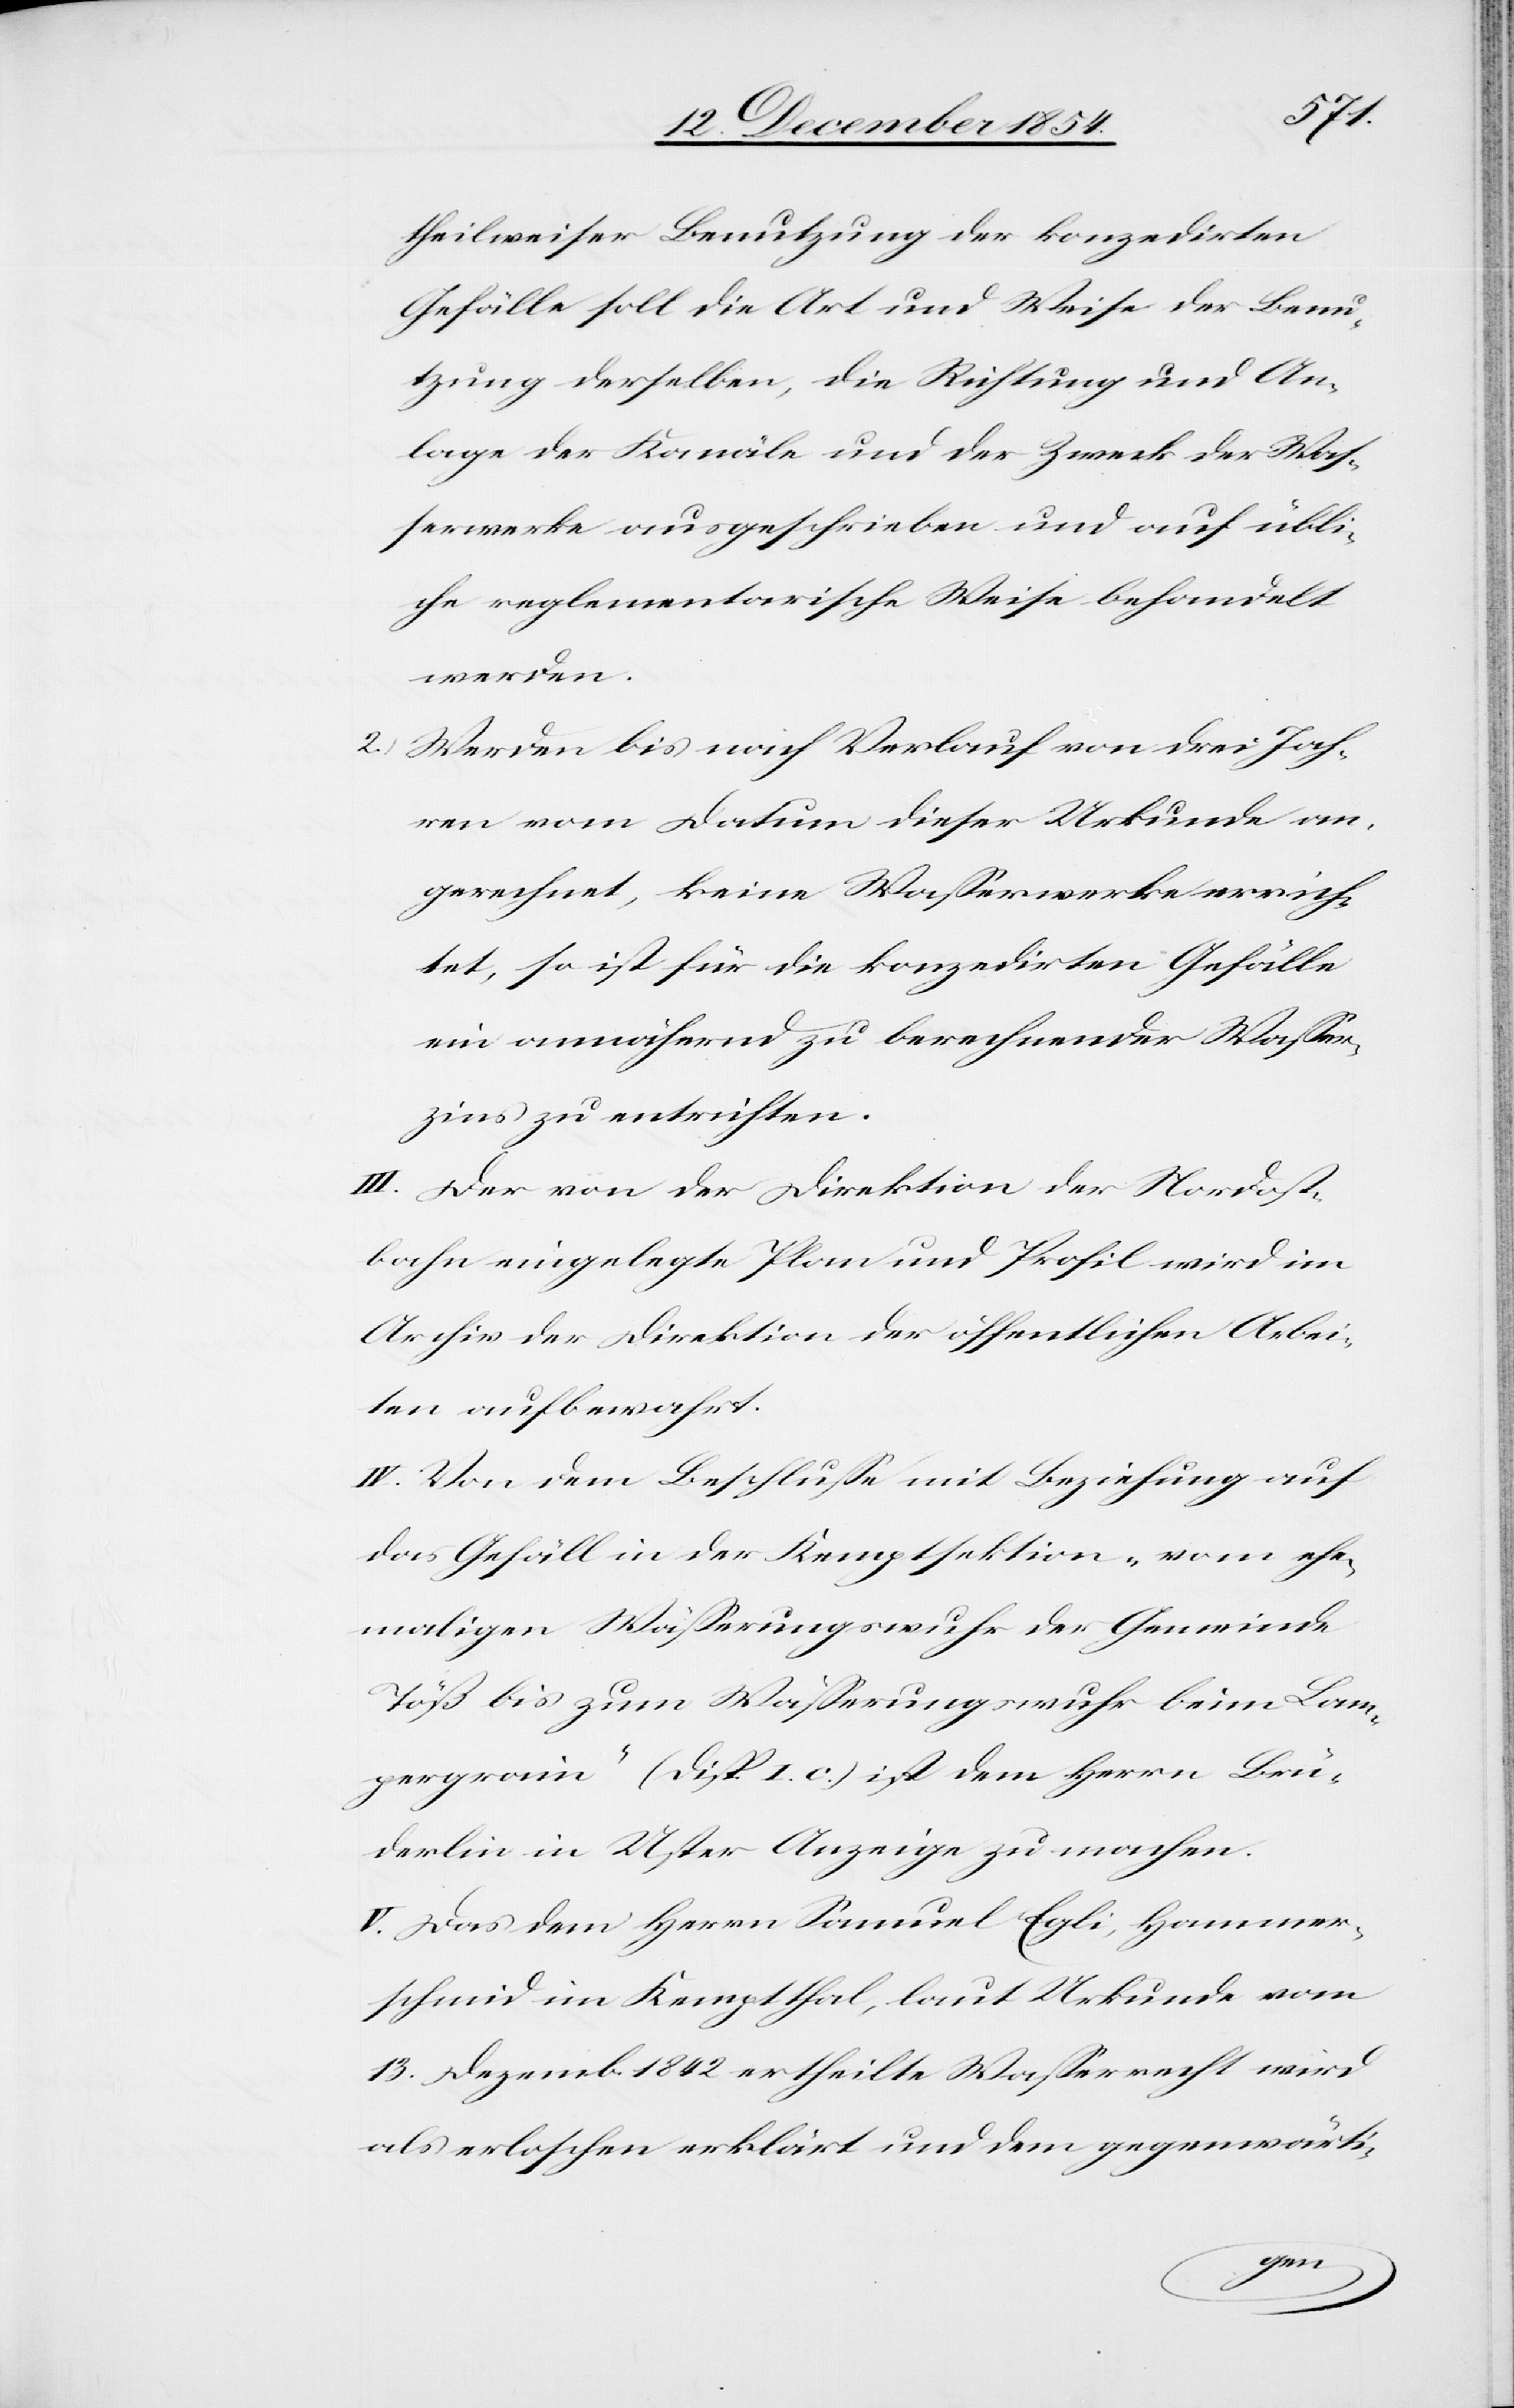
theilweiser Benutzung der konzedirten
Gefälle soll die Art und Weise der Benu¬
tzung derselben, die Richtung und An¬
lage der Kanäle und der Zweck der Waß¬
erwerke ausgeschrieben und auf übli¬
che reglementarische Weise behandelt
werden.
2.) Werden bis nach Verlauf von drei Jah¬
ren vom Datum dieser Urkunde an
gerechnet, keine Waßerwerke errich¬
tet, so ist für die konzedirten Gefälle
ein annähernd zu berechnender Waßer¬
zins zu entrichten.
III. Der von der Direktion der Nordost¬
bahn eingelegte Plan und Profil wird im
Archiv der Direktion der öffentlichen Arbei¬
ten aufbewahrt.
IV. Von dem Beschluße mit Beziehung auf
das Gefäll in der Kemptsektion „vom ehe¬
pergrain“ (Disp. I. c.) ist dem Herrn Brü¬
derlin in Uster Anzeige zu machen.
V. Das dem Herrn Samuel Egli, Hammer¬
schmid im Kemptthal, laut Urkunde vom
13. Dezemb 1842 ertheilte Waßerrecht wird
als erloschen erklärt und dem gegenwärti-
Lam¬